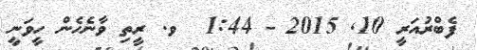
ފެބްރުއަރީ 10